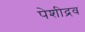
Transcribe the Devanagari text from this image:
पेशीद्रव